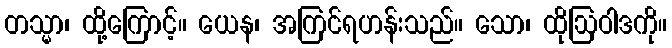
တသ္မာ၊ ထို့ကြောင့်။ ယေန၊ အကြင်ရဟန်းသည်။ သော၊ ထိုဩဝါဒကို။